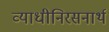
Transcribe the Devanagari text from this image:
व्याधीनिरसनार्थ